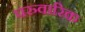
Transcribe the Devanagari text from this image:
परुवारिक